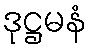
ဒုဋ္ဌမနံ